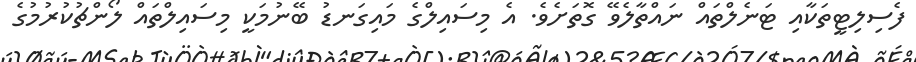
ފެސިލިޓީތަކާއި ޓަނެލްތައް ނައްތާލެވޭ ގޮތަށެވެ. އެ މިސައިލްގެ މައިގަނޑު ބޭނުމަކީ މިސައިލްތައް ލޯންޗުކުރުމުގެ